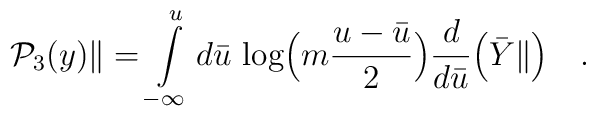
{\cal P}_3(y)\|=\int\limits^u_{-\infty}d{\bar u}\,\log\Bigl(m\frac{u-{\bar u}}{2}\Bigr)\frac{d}{d{\bar u}}\Bigl({\bar Y}\|\Bigr)\quad .